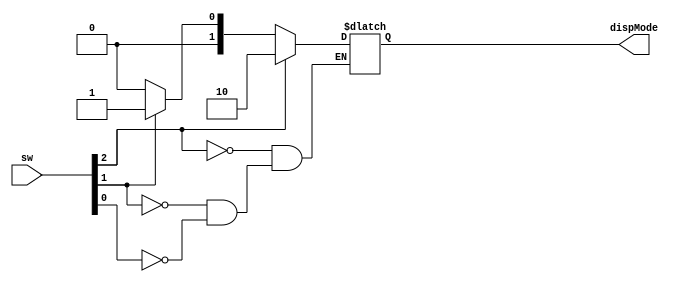
module SwitchManager(sw, dispMode);
	input [2:0] sw;
	output reg [1:0] dispMode;
	
	always @(sw) begin
		if (sw[0] == 1) begin // count 1
			dispMode = 2'b00;
		end
		
		if (sw[1] == 1) begin // count 0
			dispMode = 2'b01;
		end
		
		if (sw[2] == 1) begin // decimal or hex
			dispMode = 2'b10;
		end
	end

endmodule